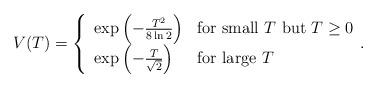
LaTeX: \begin{align*}V(T)=\left\{\begin{array}{ll}\exp\left(-\frac{T^{2}}{8\ln 2}\right) & \mbox{for small $T$ but $T\ge 0$} \\\exp\left(-\frac{T}{\sqrt{2}}\right) & \mbox{for large $T$}\end{array}.\right.\end{align*}